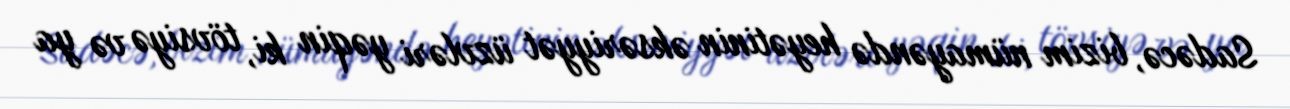
Sadəcə, bizim nümayəndə heyətinin əksəriyyət üzvləri yəqin ki, tövsiyə və ya